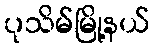
ပုသိမ်မြို့နယ်